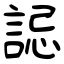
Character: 誋